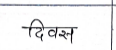
मजकूर: दिवस